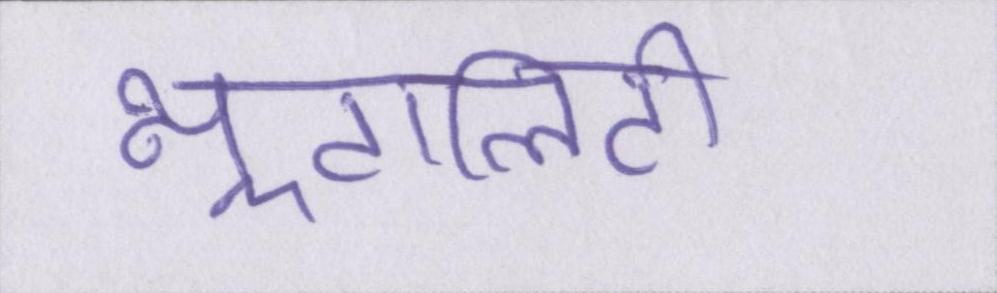
न्यूट्रालिटी